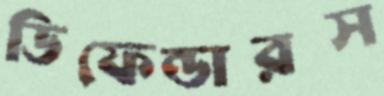
ডিফেন্ডারস